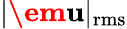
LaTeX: |\textbf{\em u}|_{\operatorname{rms}}